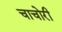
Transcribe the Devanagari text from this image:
चाचोरी